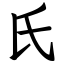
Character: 氏